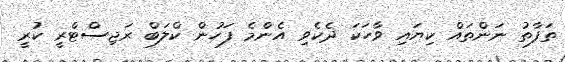
ތަފާތު ނަންތައް ކިޔައި ވާހަކަ ދެކެވި އެންމެ ފަހުން ކްލަބް ރަޖިސްޓްރީ ކުރީ